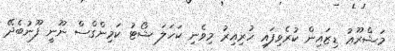
މަޝްރޫޢު ޑިޒައިން ކުރެވިފައި ހުރިއިރު މިވެނި ކަހަލަ ޝޯޓު ކަމިންގްސް ނޫނީ ފޫނުބެދޭ